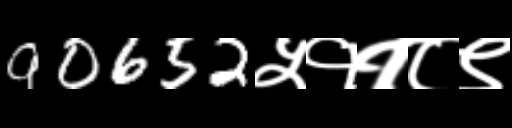
Text: 90652५११८९